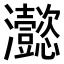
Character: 𤅮